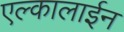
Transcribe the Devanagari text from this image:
एल्कालाईन